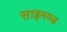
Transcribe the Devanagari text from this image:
साइमण्ड